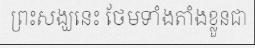
ព្រះសង្ឃនេះ ថែមទាំងតាំងខ្លួនជា